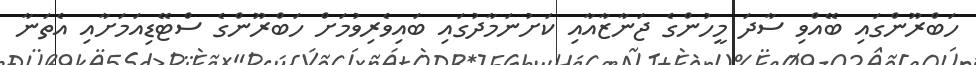
ހަބްރޫންގައި ބޭއްވި ސާދަ މީހުންގެ ޖަނާޒާއާއި ކަށުނަމާދުގައި ބައިވެރިވުމަށް ހަބްރޫންގެ ސްޓޭޑިއަމަށާއި އެތަނާ